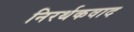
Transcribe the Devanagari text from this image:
निरर्थकवाद